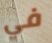
في